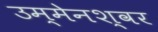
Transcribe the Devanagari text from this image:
उम्मेनश्वर